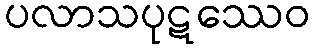
ပလာသပုဋဿေဝ